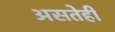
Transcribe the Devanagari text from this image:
असतेही